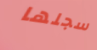
سجلها